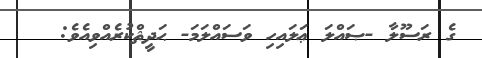
ގެ ރަސޫލާ -ޞައްލަ ޢަލައިހި ވަސައްލަމަ- ޙަދީޘްކުރެއްވިއެވެ: